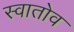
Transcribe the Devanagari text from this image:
स्वातोव